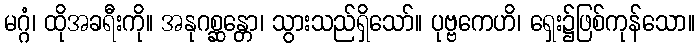
မဂ္ဂံ၊ ထိုအခရီးကို။ အနုဂစ္ဆန္တော၊ သွားသည်ရှိသော်။ ပုဗ္ဗကေဟိ၊ ရှေး၌ဖြစ်ကုန်သော။